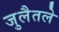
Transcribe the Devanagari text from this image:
जुलैतले